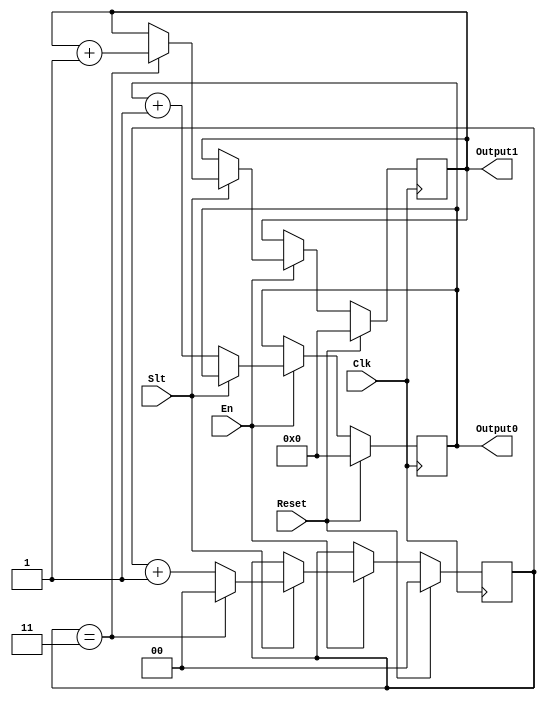
`timescale 1ns / 1ps
//////////////////////////////////////////////////////////////////////////////////
// Company: 
// Engineer: 
// 
// Design Name: 
// Module Name:    code 
// Project Name: 
// Target Devices: 
// Tool versions: 
// Description: 
//
// Dependencies: 
//
// Revision: 
// Revision 0.01 - File Created
// Additional Comments: 
//
//////////////////////////////////////////////////////////////////////////////////
module code (
    input             Clk,
    input             Reset,
    input             Slt,
    input             En,
    output reg [63:0] Output0,
    output reg [63:0] Output1
);

    reg [1:0] time1;

    always @(posedge Clk) begin
        if (Reset) begin
            Output0 <= 0;
            Output1 <= 0;
            time1   <= 0;
        end else if (En) begin
            if (Slt == 0) begin
                Output0 <= Output0 + 1;
                Output1 <= Output1;
                time1   <= time1;
            end else begin
                if (time1 == 3) begin
                    Output0 <= Output0;
                    Output1 <= Output1 + 1;
                    time1   <= 0;
                end else begin
                    Output0 <= Output0;
                    Output1 <= Output1;
                    time1   <= time1 + 2'b01;
                end
            end
        end else begin
            Output0 <= Output0;
            Output1 <= Output1;
            time1   <= time1;
        end
    end

endmodule